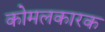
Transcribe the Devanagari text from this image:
कोमलकारक